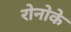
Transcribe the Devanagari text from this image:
रोनोके